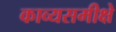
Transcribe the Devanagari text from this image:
काव्यसमीक्षे